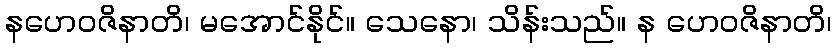
နဟေဝဇိနာတိ၊ မအောင်နိုင်။ သေနော၊ သိန်းသည်။ န ဟေဝဇိနာတိ၊